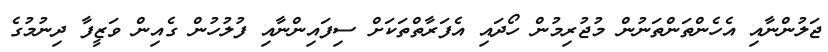
ޖަލުންނާއި އެހެންތަންތަނުން މުޖުރިމުން ހޯދައި އެފަރާތްތަކަށް ސިފައިންނާއި ފުލުހުން ގެއިން ވަޒީފާ ދިނުމުގެ